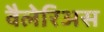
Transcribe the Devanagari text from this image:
वैलेरिअस